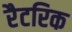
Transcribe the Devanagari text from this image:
रैटरिक